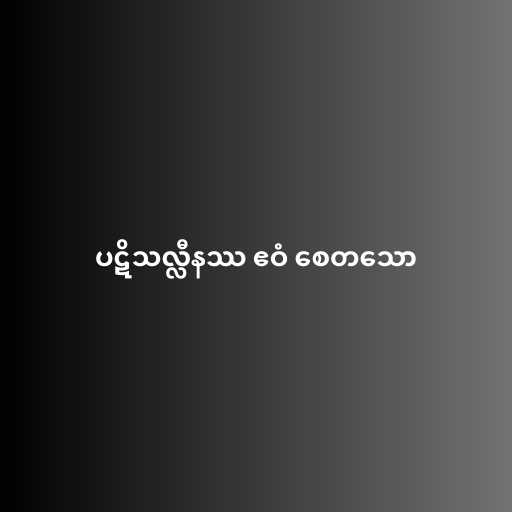
ပဋိသလ္လီနဿ ဧဝံ စေတသော